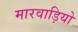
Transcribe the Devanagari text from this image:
मारवाड़ियो